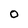
Character: 0